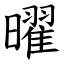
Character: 曜